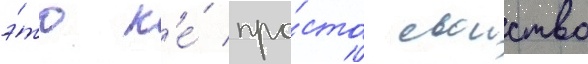
э́то н'е́ про́сто своиство